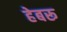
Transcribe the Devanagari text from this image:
हेबरू